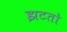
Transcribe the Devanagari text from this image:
झटतो